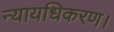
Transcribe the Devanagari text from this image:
न्यायधिकरण।